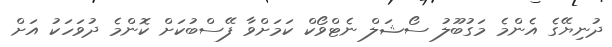
ދުނިޔޭގެ އެންމެ މަގުބޫލު ސޯޝަލް ނެޓްވޯކް ކަމަށްވާ ފޭސްބުކަށް ކޮންމެ ދުވަހަކު އަށް